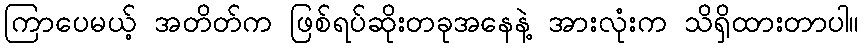
ကြာပေမယ့် အတိတ်က ဖြစ်ရပ်ဆိုးတခုအနေနဲ့ အားလုံးက သိရှိထားတာပါ။